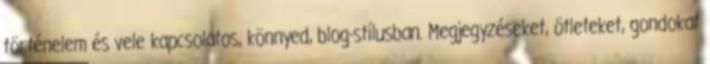
történelem és vele kapcsolatos, könnyed, blog-stílusban. Megjegyzéseket, ötleteket, gondokat